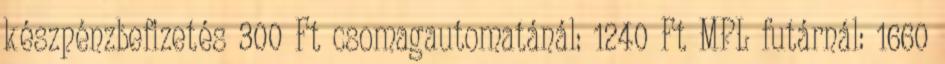
készpénzbefizetés 300 Ft csomagautomatánál: 1240 Ft MPL futárnál: 1660